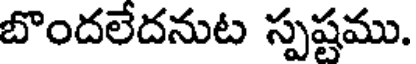
బొందలేదనుట స్పష్టము.